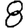
Digit: 8